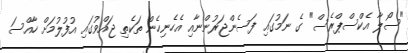
"ސޯލާ އެކްސްޕްރެސް" ގެ ނަމުގައި ފަސެންޖަރުންނާއި އެހެނިހެން ތަކެތި ޖައްވުގައި އުފުލުމަށް ހާއްސަ